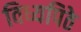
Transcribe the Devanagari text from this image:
विध्यपिठे